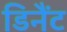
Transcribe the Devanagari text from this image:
डिनैंट